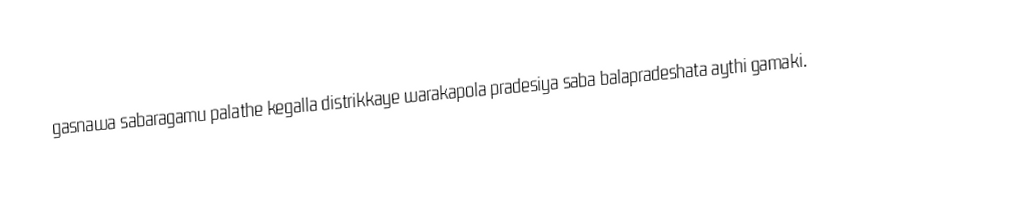
gasnawa sabaragamu palathe kegalla distrikkaye warakapola pradesiya saba balapradeshata aythi gamaki.